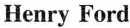
Henry Ford